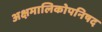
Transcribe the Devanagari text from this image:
अक्षमालिकोपनिषद